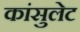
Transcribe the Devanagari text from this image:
कांसुलेट